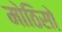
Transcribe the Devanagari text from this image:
मोठिसो